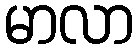
မာလာ